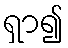
ရှာ၍